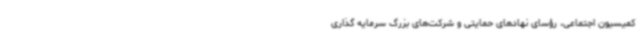
کمیسیون اجتماعی، رؤسای نهادهای حمایتی و شرکت‌های بزرگ سرمایه گذاری